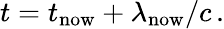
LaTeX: t=t_{\mathrm{now}}+\lambda_{\mathrm{now}}/c\, .